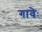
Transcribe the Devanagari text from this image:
गावेः